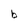
Character: b